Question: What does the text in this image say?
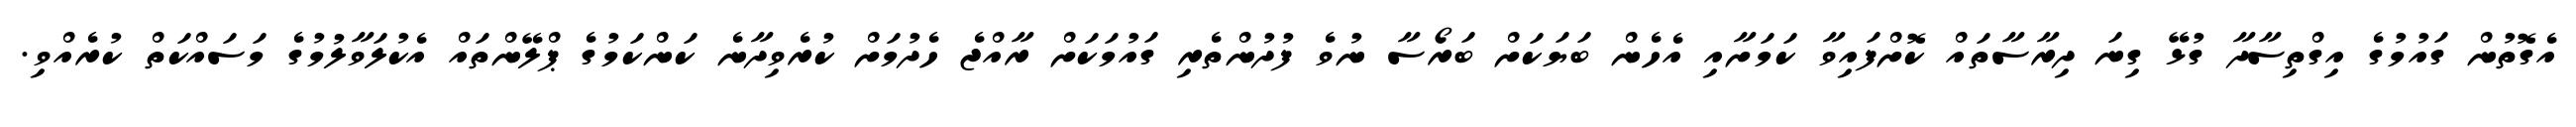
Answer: އެގޮތުން ގައުމުގެ އިގްތިސާދާ ގުޅޭ ގިނަ ދިރާސާތައް ކޮށްފައިވާ ކަމަށާއި އެހެން ބަޔަކަށް ބަރޯސާ ނުވެ ފުދުންތެރި ގައުމަކަށް ރާއްޖެ ހެދުމަށް ކުރެވިދާނެ ކަންކަމުގެ ޕްލޭންތައް އެކުލަވާލުމުގެ މަސައްކަތް ކުރެއްވި.